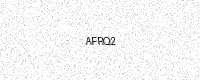
Text: AFRQ2